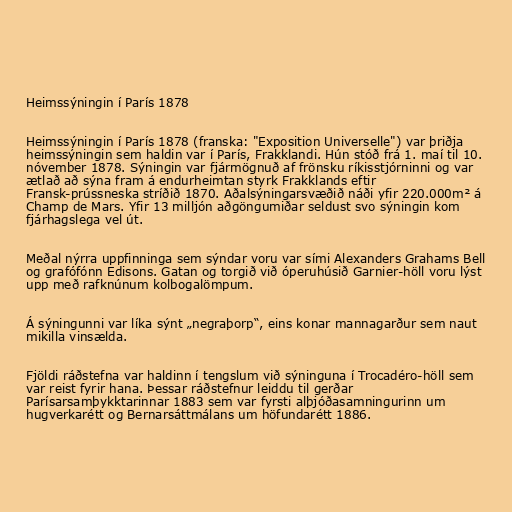
Heimssýningin í París 1878

Heimssýningin í París 1878 (franska: "Exposition Universelle") var þriðja
heimssýningin sem haldin var í París, Frakklandi. Hún stóð frá 1. maí til 10.
nóvember 1878. Sýningin var fjármögnuð af frönsku ríkisstjórninni og var
ætlað að sýna fram á endurheimtan styrk Frakklands eftir
Fransk-prússneska stríðið 1870. Aðalsýningarsvæðið náði yfir 220.000m² á
Champ de Mars. Yfir 13 milljón aðgöngumiðar seldust svo sýningin kom
fjárhagslega vel út.

Meðal nýrra uppfinninga sem sýndar voru var sími Alexanders Grahams Bell
og grafófónn Edisons. Gatan og torgið við óperuhúsið Garnier-höll voru lýst
upp með rafknúnum kolbogalömpum.

Á sýningunni var líka sýnt „negraþorp“, eins konar mannagarður sem naut
mikilla vinsælda.

Fjöldi ráðstefna var haldinn í tengslum við sýninguna í Trocadéro-höll sem
var reist fyrir hana. Þessar ráðstefnur leiddu til gerðar
Parísarsamþykktarinnar 1883 sem var fyrsti alþjóðasamningurinn um
hugverkarétt og Bernarsáttmálans um höfundarétt 1886.